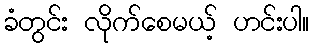
ခံတွင်း လိုက်စေမယ့် ဟင်းပါ။